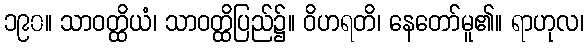
၁၉၀။ သာဝတ္ထိယံ၊ သာဝတ္ထိပြည်၌။ ဝိဟရတိ၊ နေတော်မူ၏။ ရာဟုလ၊